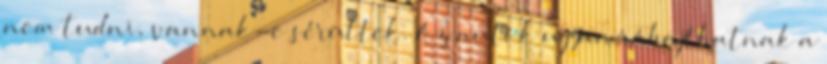
nem tudni, vannak-e sérültek. Az autók ugyan ráhajthatnak a